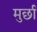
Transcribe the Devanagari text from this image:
मुर्छा